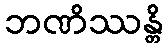
ဘဏိဿန္တိ